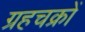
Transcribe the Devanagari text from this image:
ग्रहचक्रों